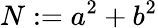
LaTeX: N:=a^{2}+b^{2}